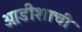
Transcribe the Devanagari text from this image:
ओडीशाची